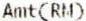
AMT(RM)